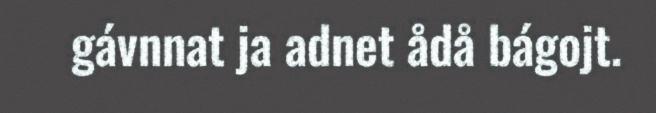
gávnnat ja adnet ådå bágojt.